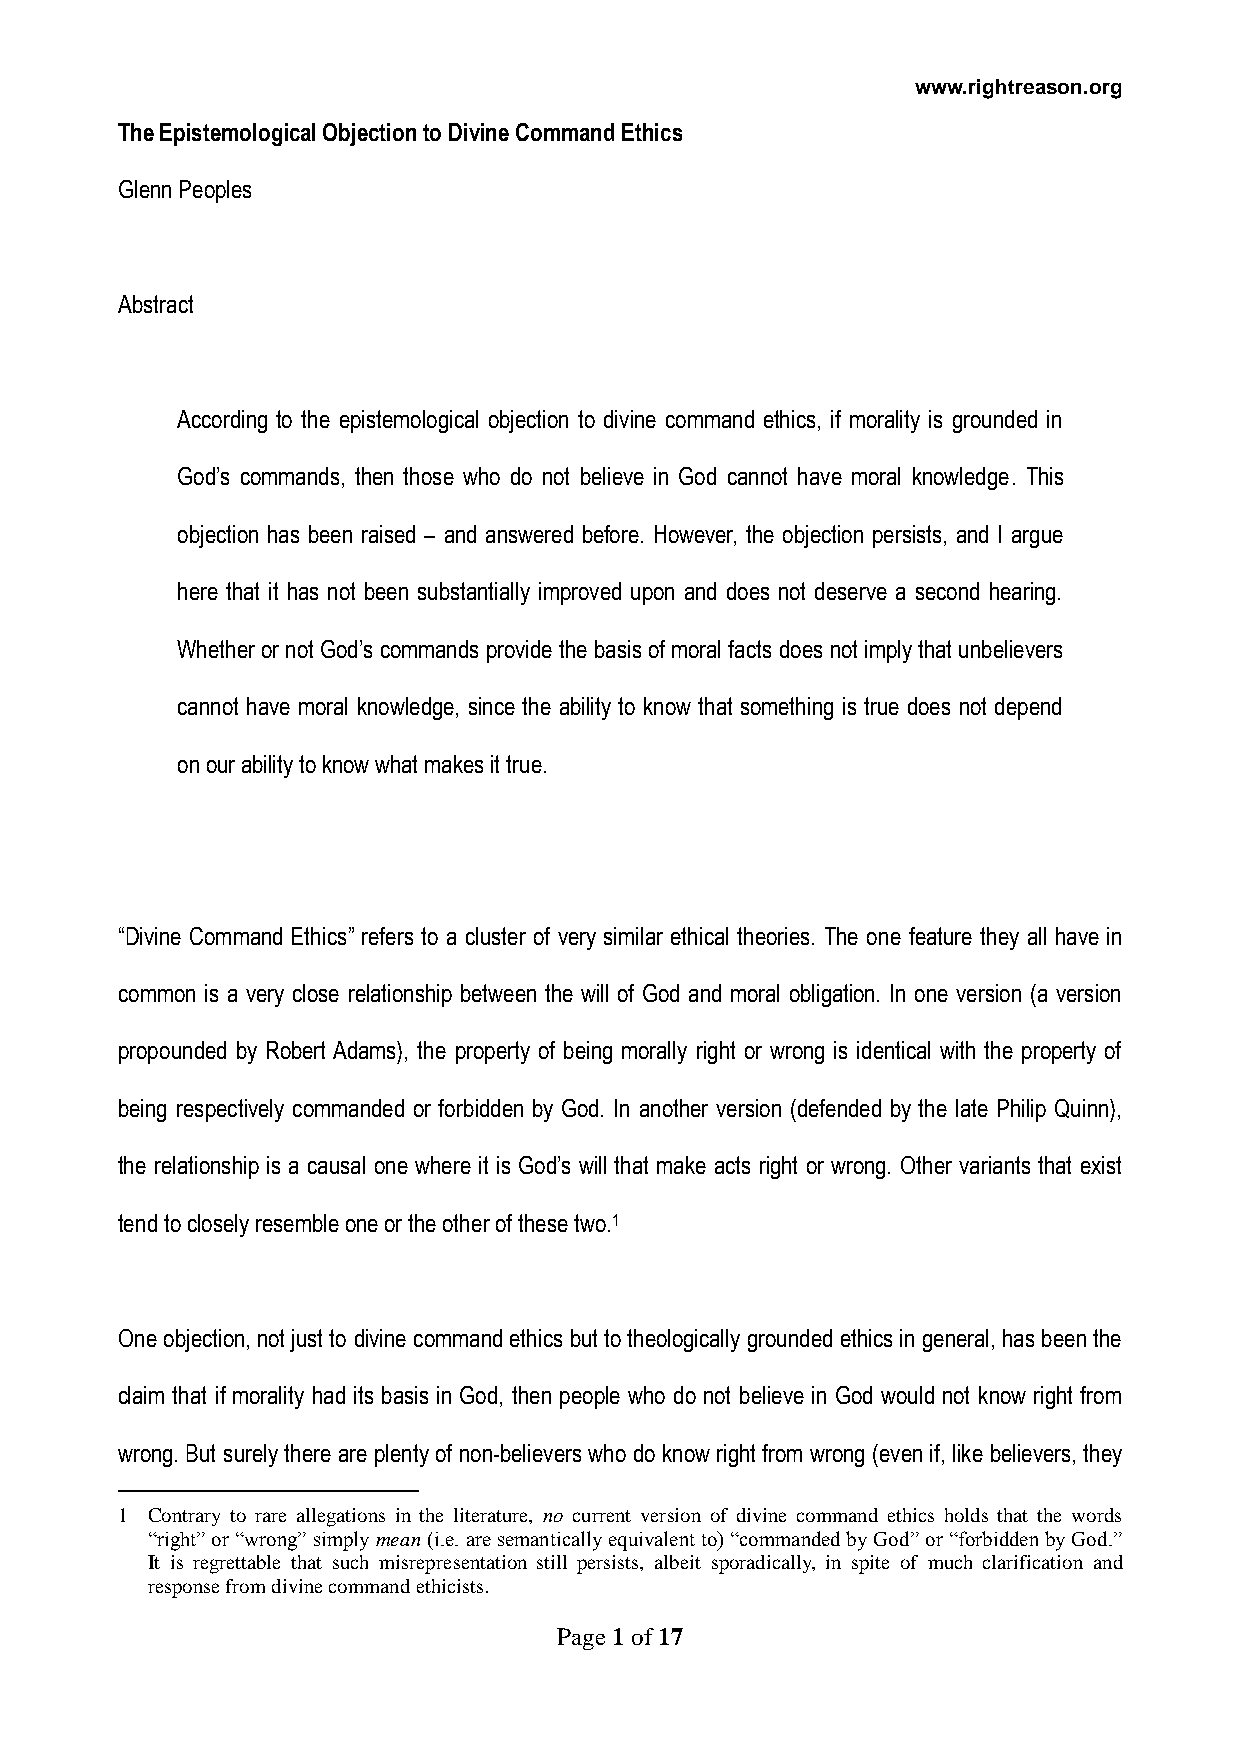
www.rightreason.org
 The Epistemological Objection to Divine Command Ethics
 Glenn Peoples
 Abstract
 According to the epistemological objection to divine command ethics, if morality is grounded in
 God’s commands, then those who do not believe in God cannot have moral knowledge. This
 objection has been raised – and answered before. However, the objection persists, and I argue
 here that it has not been substantially improved upon and does not deserve a second hearing.
 Whether or not God’s commands provide the basis of moral facts does not imply that unbelievers
 cannot have moral knowledge, since the ability to know that something is true does not depend
 on our ability to know what makes it true.
 “Divine Command Ethics” refers to a cluster of very similar ethical theories. The one feature they all have in
 common is a very close relationship between the will of God and moral obligation. In one version (a version
 propounded by Robert Adams), the property of being morally right or wrong is identical with the property of
 being respectively commanded or forbidden by God. In another version (defended by the late Philip Quinn),
 the relationship is a causal one where it is God’s will that make acts right or wrong. Other variants that exist
 tend to closely resemble one or the other of these two.1
 One objection, not just to divine command ethics but to theologically grounded ethics in general, has been the
 claim that if morality had its basis in God, then people who do not believe in God would not know right from
 wrong. But surely there are plenty of non-believers who do know right from wrong (even if, like believers, they
 1 Contrary to rare allegations in the literature, no current version of divine command ethics holds that the words
 “right” or “wrong” simply mean (i.e. are semantically equivalent to) “commanded by God” or “forbidden by God.”
 It is regrettable that such misrepresentation still persists, albeit sporadically, in spite of much clarification and
 response from divine command ethicists.
 Page 1 of 17